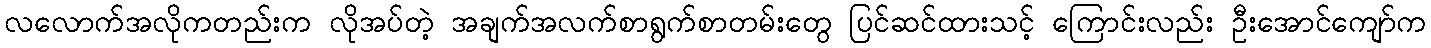
လလောက်အလိုကတည်းက လိုအပ်တဲ့ အချက်အလက်စာရွက်စာတမ်းတွေ ပြင်ဆင်ထားသင့် ကြောင်းလည်း ဦးအောင်ကျော်က